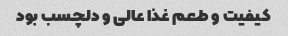
کیفیت و طعم غذا عالی و دلچسب بود